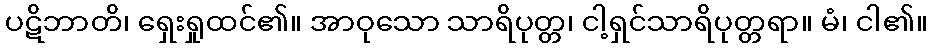
ပဋိဘာတိ၊ ရှေးရှုထင်၏။ အာဝုသော သာရိပုတ္တ၊ ငါ့ရှင်သာရိပုတ္တရာ။ မံ၊ ငါ၏။